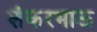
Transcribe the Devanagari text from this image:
शंकरभाऊ